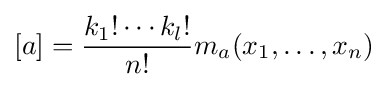
[a]={\frac {k_{1}!\cdots k_{l}!}{n!}}m_{a}(x_{1},\dots ,x_{n})